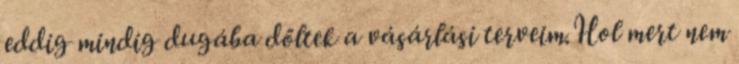
eddig mindig dugába dőltek a vásárlási terveim.Hol mert nem